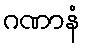
ဂဏာနံ